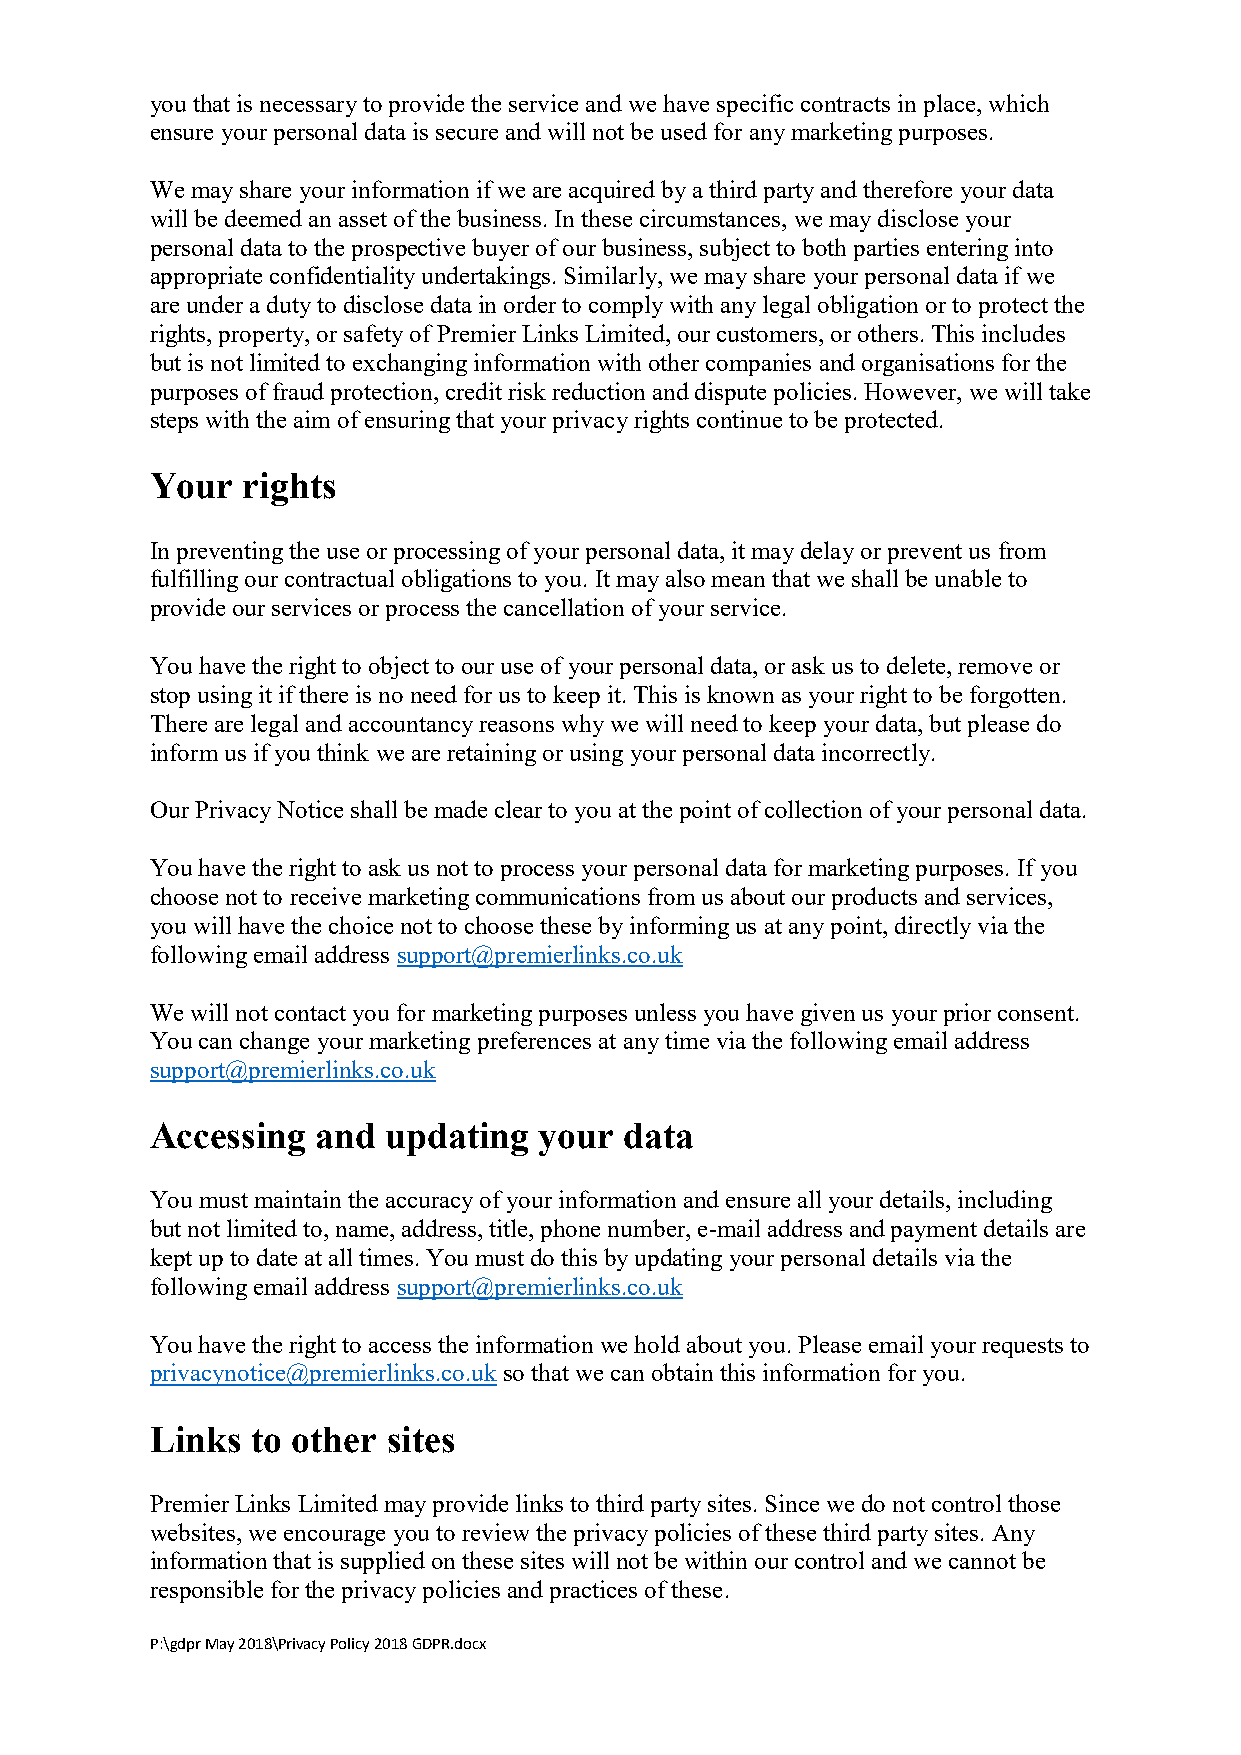
you that is necessary to provide the service and we have specific contracts in place, which
 ensure your personal data is secure and will not be used for any marketing purposes.
 We may share your information if we are acquired by a third party and therefore your data
 will be deemed an asset of the business. In these circumstances, we may disclose your
 personal data to the prospective buyer of our business, subject to both parties entering into
 appropriate confidentiality undertakings. Similarly, we may share your personal data if we
 are under a duty to disclose data in order to comply with any legal obligation or to protect the
 rights, property, or safety of Premier Links Limited, our customers, or others. This includes
 but is not limited to exchanging information with other companies and organisations for the
 purposes of fraud protection, credit risk reduction and dispute policies. However, we will take
 steps with the aim of ensuring that your privacy rights continue to be protected.
 Your  rights
 In preventing the use or processing of your personal data, it may delay or prevent us from
 fulfilling our contractual obligations to you. It may also mean that we shall be unable to
 provide our services or process the cancellation of your service.
 You have the right to object to our use of your personal data, or ask us to delete, remove or
 stop using it if there is no need for us to keep it. This is known as your right to be forgotten.
 There are legal and accountancy reasons why we will need to keep your data, but please do
 inform us if you think we are retaining or using your personal data incorrectly.
 Our Privacy Notice shall be made clear to you at the point of collection of your personal data.
 You have the right to ask us not to process your personal data for marketing purposes. If you
 choose not to receive marketing communications from us about our products and services,
 you will have the choice not to choose these by informing us at any point, directly via the
 following email address support@premierlinks.co.uk
 We will not contact you for marketing purposes unless you have given us your prior consent.
 You can change your marketing preferences at any time via the following email address
 support@premierlinks.co.uk
 Accessing  and  updating  your data
 You must maintain the accuracy of your information and ensure all your details, including
 but not limited to, name, address, title, phone number, e-mail address and payment details are
 kept up to date at all times. You must do this by updating your personal details via the
 following email address support@premierlinks.co.uk
 You have the right to access the information we hold about you. Please email your requests to
 privacynotice@premierlinks.co.uk so that we can obtain this information for you.
 Links  to other sites
 Premier Links Limited may provide links to third party sites. Since we do not control those
 websites, we encourage you to review the privacy policies of these third party sites. Any
 information that is supplied on these sites will not be within our control and we cannot be
 responsible for the privacy policies and practices of these.
 P:\gdpr May 2018\Privacy Policy 2018 GDPR.docx